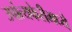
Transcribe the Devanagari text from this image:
उपांत्यफेरीमध्ये